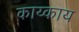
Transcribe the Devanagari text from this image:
काय्काय